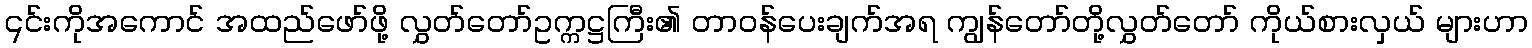
၎င်းကိုအကောင် အထည်ဖော်ဖို့ လွှတ်တော်ဥက္ကဋ္ဌကြီး၏ တာဝန်ပေးချက်အရ ကျွန်တော်တို့လွှတ်တော် ကိုယ်စားလှယ် များဟာ